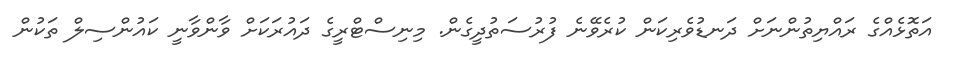
އަތޮޅެއްގެ ރައްޔިތުންނަށް ދަނޑުވެރިކަން ކުރެވޭނެ ފުރުސަތުދީގެން. މިނިސްޓްރީގެ ދައުރަކަށް ވާންވާނީ ކައުންސިލް ތަކުން